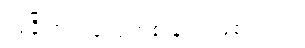
သူခိုးက လူလူဟစ်ခြင်း ဖြစ်သည်။